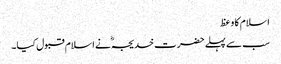
اسلام کا وعظ
سب سے پہلے حضرت خدیجہؓ نے اسلام قبول کیا۔